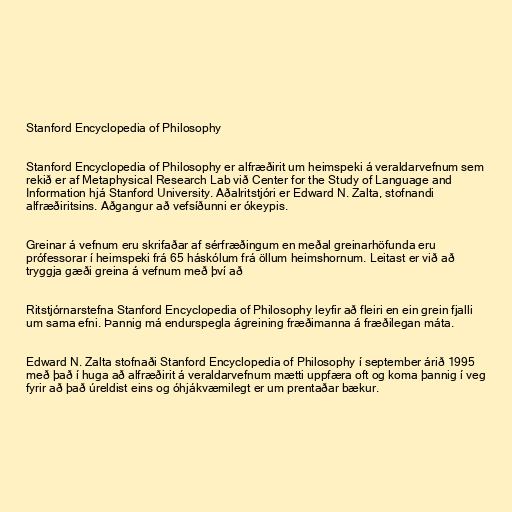
Stanford Encyclopedia of Philosophy

Stanford Encyclopedia of Philosophy er alfræðirit um heimspeki á veraldarvefnum sem
rekið er af Metaphysical Research Lab við Center for the Study of Language and
Information hjá Stanford University. Aðalritstjóri er Edward N. Zalta, stofnandi
alfræðiritsins. Aðgangur að vefsíðunni er ókeypis.

Greinar á vefnum eru skrifaðar af sérfræðingum en meðal greinarhöfunda eru
prófessorar í heimspeki frá 65 háskólum frá öllum heimshornum. Leitast er við að
tryggja gæði greina á vefnum með því að

Ritstjórnarstefna Stanford Encyclopedia of Philosophy leyfir að fleiri en ein grein fjalli
um sama efni. Þannig má endurspegla ágreining fræðimanna á fræðilegan máta.

Edward N. Zalta stofnaði Stanford Encyclopedia of Philosophy í september árið 1995
með það í huga að alfræðirit á veraldarvefnum mætti uppfæra oft og koma þannig í veg
fyrir að það úreldist eins og óhjákvæmilegt er um prentaðar bækur.